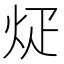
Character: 𪸢